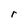
Character: r